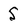
Character: S